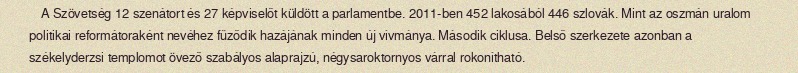
A Szövetség 12 szenátort és 27 képviselőt küldött a parlamentbe. 2011-ben 452 lakosából 446 szlovák. Mint az oszmán uralom politikai reformátoraként nevéhez fűződik hazájának minden új vívmánya. Második ciklusa. Belső szerkezete azonban a székelyderzsi templomot övező szabályos alaprajzú, négysaroktornyos várral rokonítható.